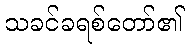
သခင်ခရစ်တော်၏